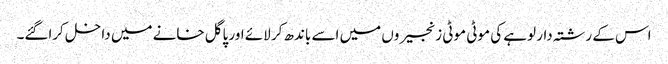
اس کے رشتہ دار لوہے کی موٹی موٹی زنجیروں میں اسے باندھ کر لائے اور پاگل خانے میں داخل کراگئے۔